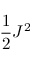
{ \frac { 1 } { 2 } } J ^ { 2 }